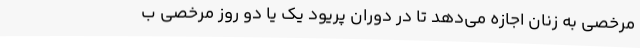
مرخصی به زنان اجازه می‌دهد تا در دوران پریود یک یا دو روز مرخصی ب